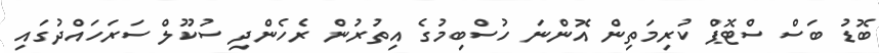
ބޮޑު ބަސް ސްޓޮޕް ކުރިމަތިން އޮންނަ ހުސްބިމުގެ އިތުރުން ރެހެންދި ސުކޫލް ސަރަހައްދުގައި